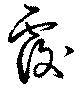
覆